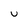
Character: u